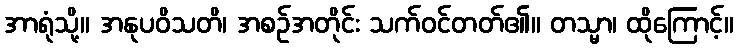
အာရုံသို့။ အနုပဝိသတိ၊ အစဉ်အတိုင်း သက်ဝင်တတ်၏။ တသ္မာ၊ ထိုကြောင့်။